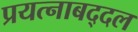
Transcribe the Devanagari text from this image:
प्रयत्नाबद्दल